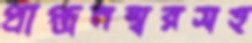
প্রাপ্ত্রনম্বরসহ